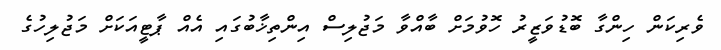
ވެރިކަން ހިންގާ ބޮޑުވަޒީރު ހޮވުމަށް ބާއްވާ މަޖުލިސް އިންތިޚާބުގައި އެއް ޕާޓީއަކަށް މަޖުލިހުގެ